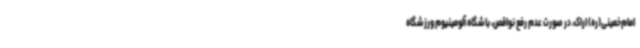
امام‌خمینی(ره) اراک، در صورت عدم رفع نواقص، باشگاه آلومینیوم ورزشگاه